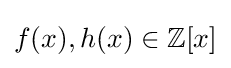
f(x),h(x)\in \mathbb {Z} [x]